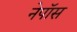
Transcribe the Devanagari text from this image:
नेपॉस